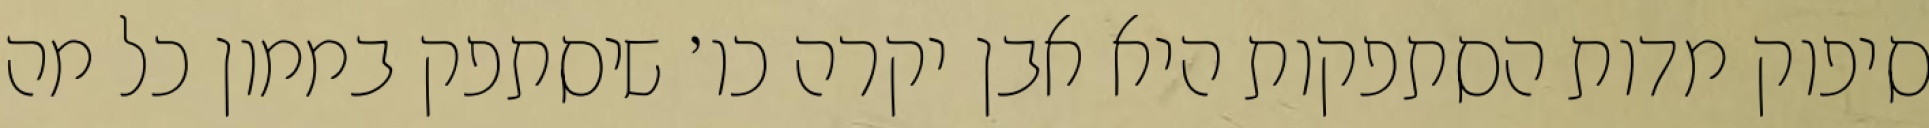
סיפוק מדות הסתפקות היא אבן יקרה כו׳ שיסתפק בממון כל מה